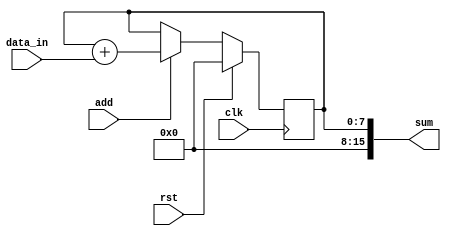
module accumulator (
    input wire clk,
    input wire rst,
    input wire add,
    input wire [7:0] data_in,
    output reg [15:0] sum
);

reg [7:0] accumulator_reg;

always @(posedge clk) begin
    if (rst) begin
        accumulator_reg <= 0;
    end else if (add) begin
        accumulator_reg <= accumulator_reg + data_in;
    end
end

assign sum = accumulator_reg;

endmodule